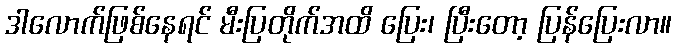
ဒါလောက်ဖြစ်နေရင် မီးပြတိုက်အထိ ပြေး၊ ပြီးတော့ ပြန်ပြေးလာ။